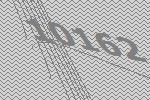
10162